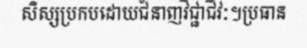
សិស្សប្រកបដោយជំនាញវិជ្ជាជីវៈ។ប្រធាន